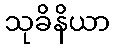
သုခိနိယာ